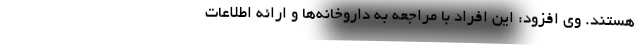
هستند. وی افزود: این افراد با مراجعه به داروخانه‌ها و ارائه اطلاعات